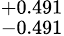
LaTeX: ^{+0.491}_{-0.491}